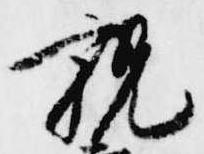
親